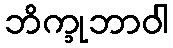
ဘိက္ခုဘာဝါ